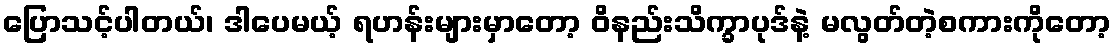
ပြောသင့်ပါတယ်၊ ဒါပေမယ့် ရဟန်းများမှာတော့ ဝိနည်းသိက္ခာပုဒ်နဲ့ မလွတ်တဲ့စကားကိုတော့